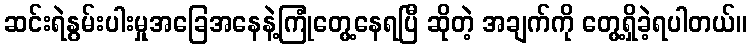
ဆင်းရဲနွမ်းပါးမှုအခြေအနေနဲ့ကြုံတွေ့နေရပြီ ဆိုတဲ့ အချက်ကို တွေ့ရှိခဲ့ရပါတယ်။